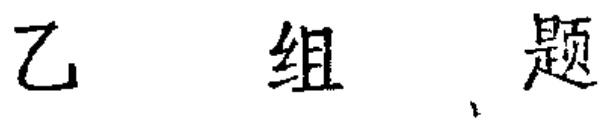
乙 组 题